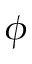
\phi